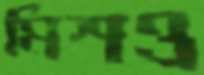
মিশও